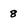
Character: 8